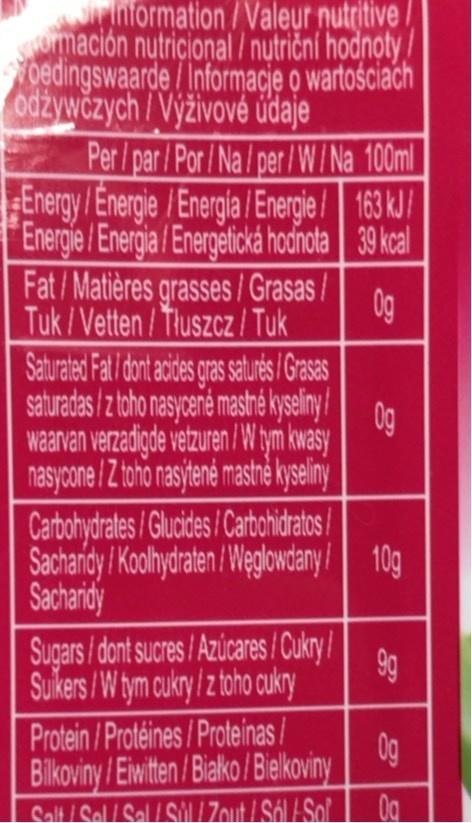
information/Valeur nutritive mación nutricional / nutriční hodnoty/
bedingswaarde/Informacje o wartościach odżywčzych / Výživové údaje Per/ par/Por /Na/ per/W/Na 100ml Energy /Energie /Energia /Energie / 163 kJ/ Energie / Energia / Energetická hodnata 39 kcal
Fat/Matières grasses / Grasas / 0g Tuk / Vetten/ Tluszcz! Tuk
Saturated Fat I ontacides gasaurés/Grsas
saturadas/z toho nasyceré mashé kyseliy/
0g
waarvan verzadigde vetzuren /W ym kwasy
nasycone / Ztho nasytené mashnẻ kyselný Carbohydrates/Glucides /Carbohidratos/ Sachardy / Kohydraten /Weglowdany / 10g
Sacharidy
Sugars / dont sucres/ Azúcares /Cukry/ 9g
Sukers /W tym cukry / ztoho oukry
Protein /Protéines /Proteinas / Bilkoviny /Eiwiten/Biako/Biekoviny Salt /Sol / Sal / SM/ Zout / Sól ESol
Og